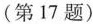
（第17题）